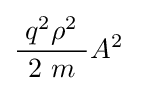
{\frac {\;q^{2}\rho ^{2}\ }{2\ m}}A^{2}~